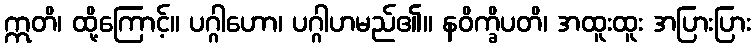
ဣတိ၊ ထို့ကြောင့်။ ပဂ္ဂါဟော၊ ပဂ္ဂါဟမည်၏။ နဝိက္ခိပတိ၊ အထူးထူး အပြားပြား